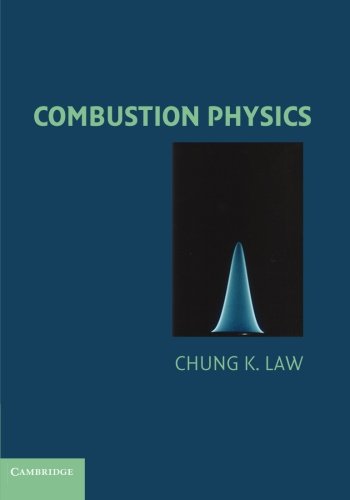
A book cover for Combustion Physics; Chung K. Law; Science & Math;